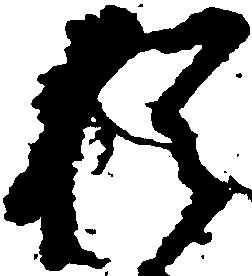
猶